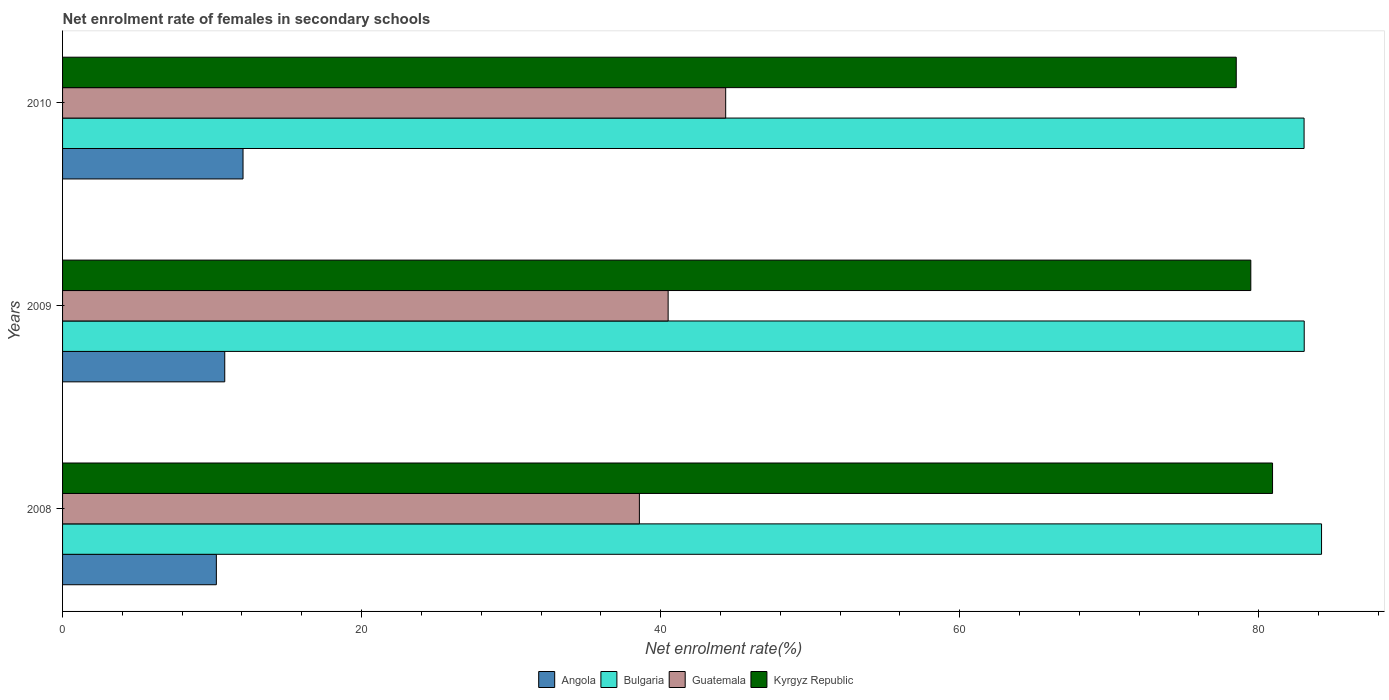
| Years | Angola | Bulgaria | Guatemala | Kyrgyz Republic |
 | --- | --- | --- | --- | --- |
 | 2008 | 10.3 | 84.2 | 38.6 | 80.9 |
 | 2009 | 10.8 | 83 | 40.5 | 79.5 |
 | 2010 | 12.1 | 83 | 44.4 | 78.5 |